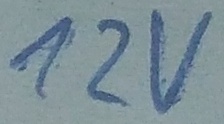
Text: 12v